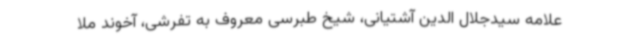
علامه سیدجلال الدین آشتیانی، شیخ طبرسی معروف به تفرشی، آخوند ملا